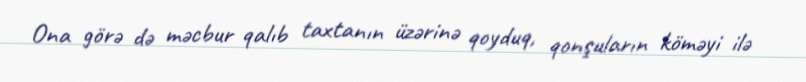
Ona görə də məcbur qalıb taxtanın üzərinə qoyduq, qonşuların köməyi ilə